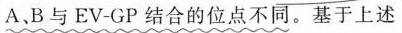
A、B与EV-GP结合的位点不同。基于上述